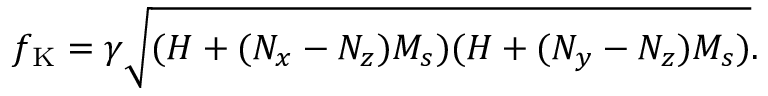
f _ { \mathrm { { K } } } = \gamma \sqrt { ( H + ( N _ { x } - N _ { z } ) M _ { s } ) ( H + ( N _ { y } - N _ { z } ) M _ { s } ) } .